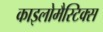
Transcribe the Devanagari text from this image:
काइलोमैस्टिक्स